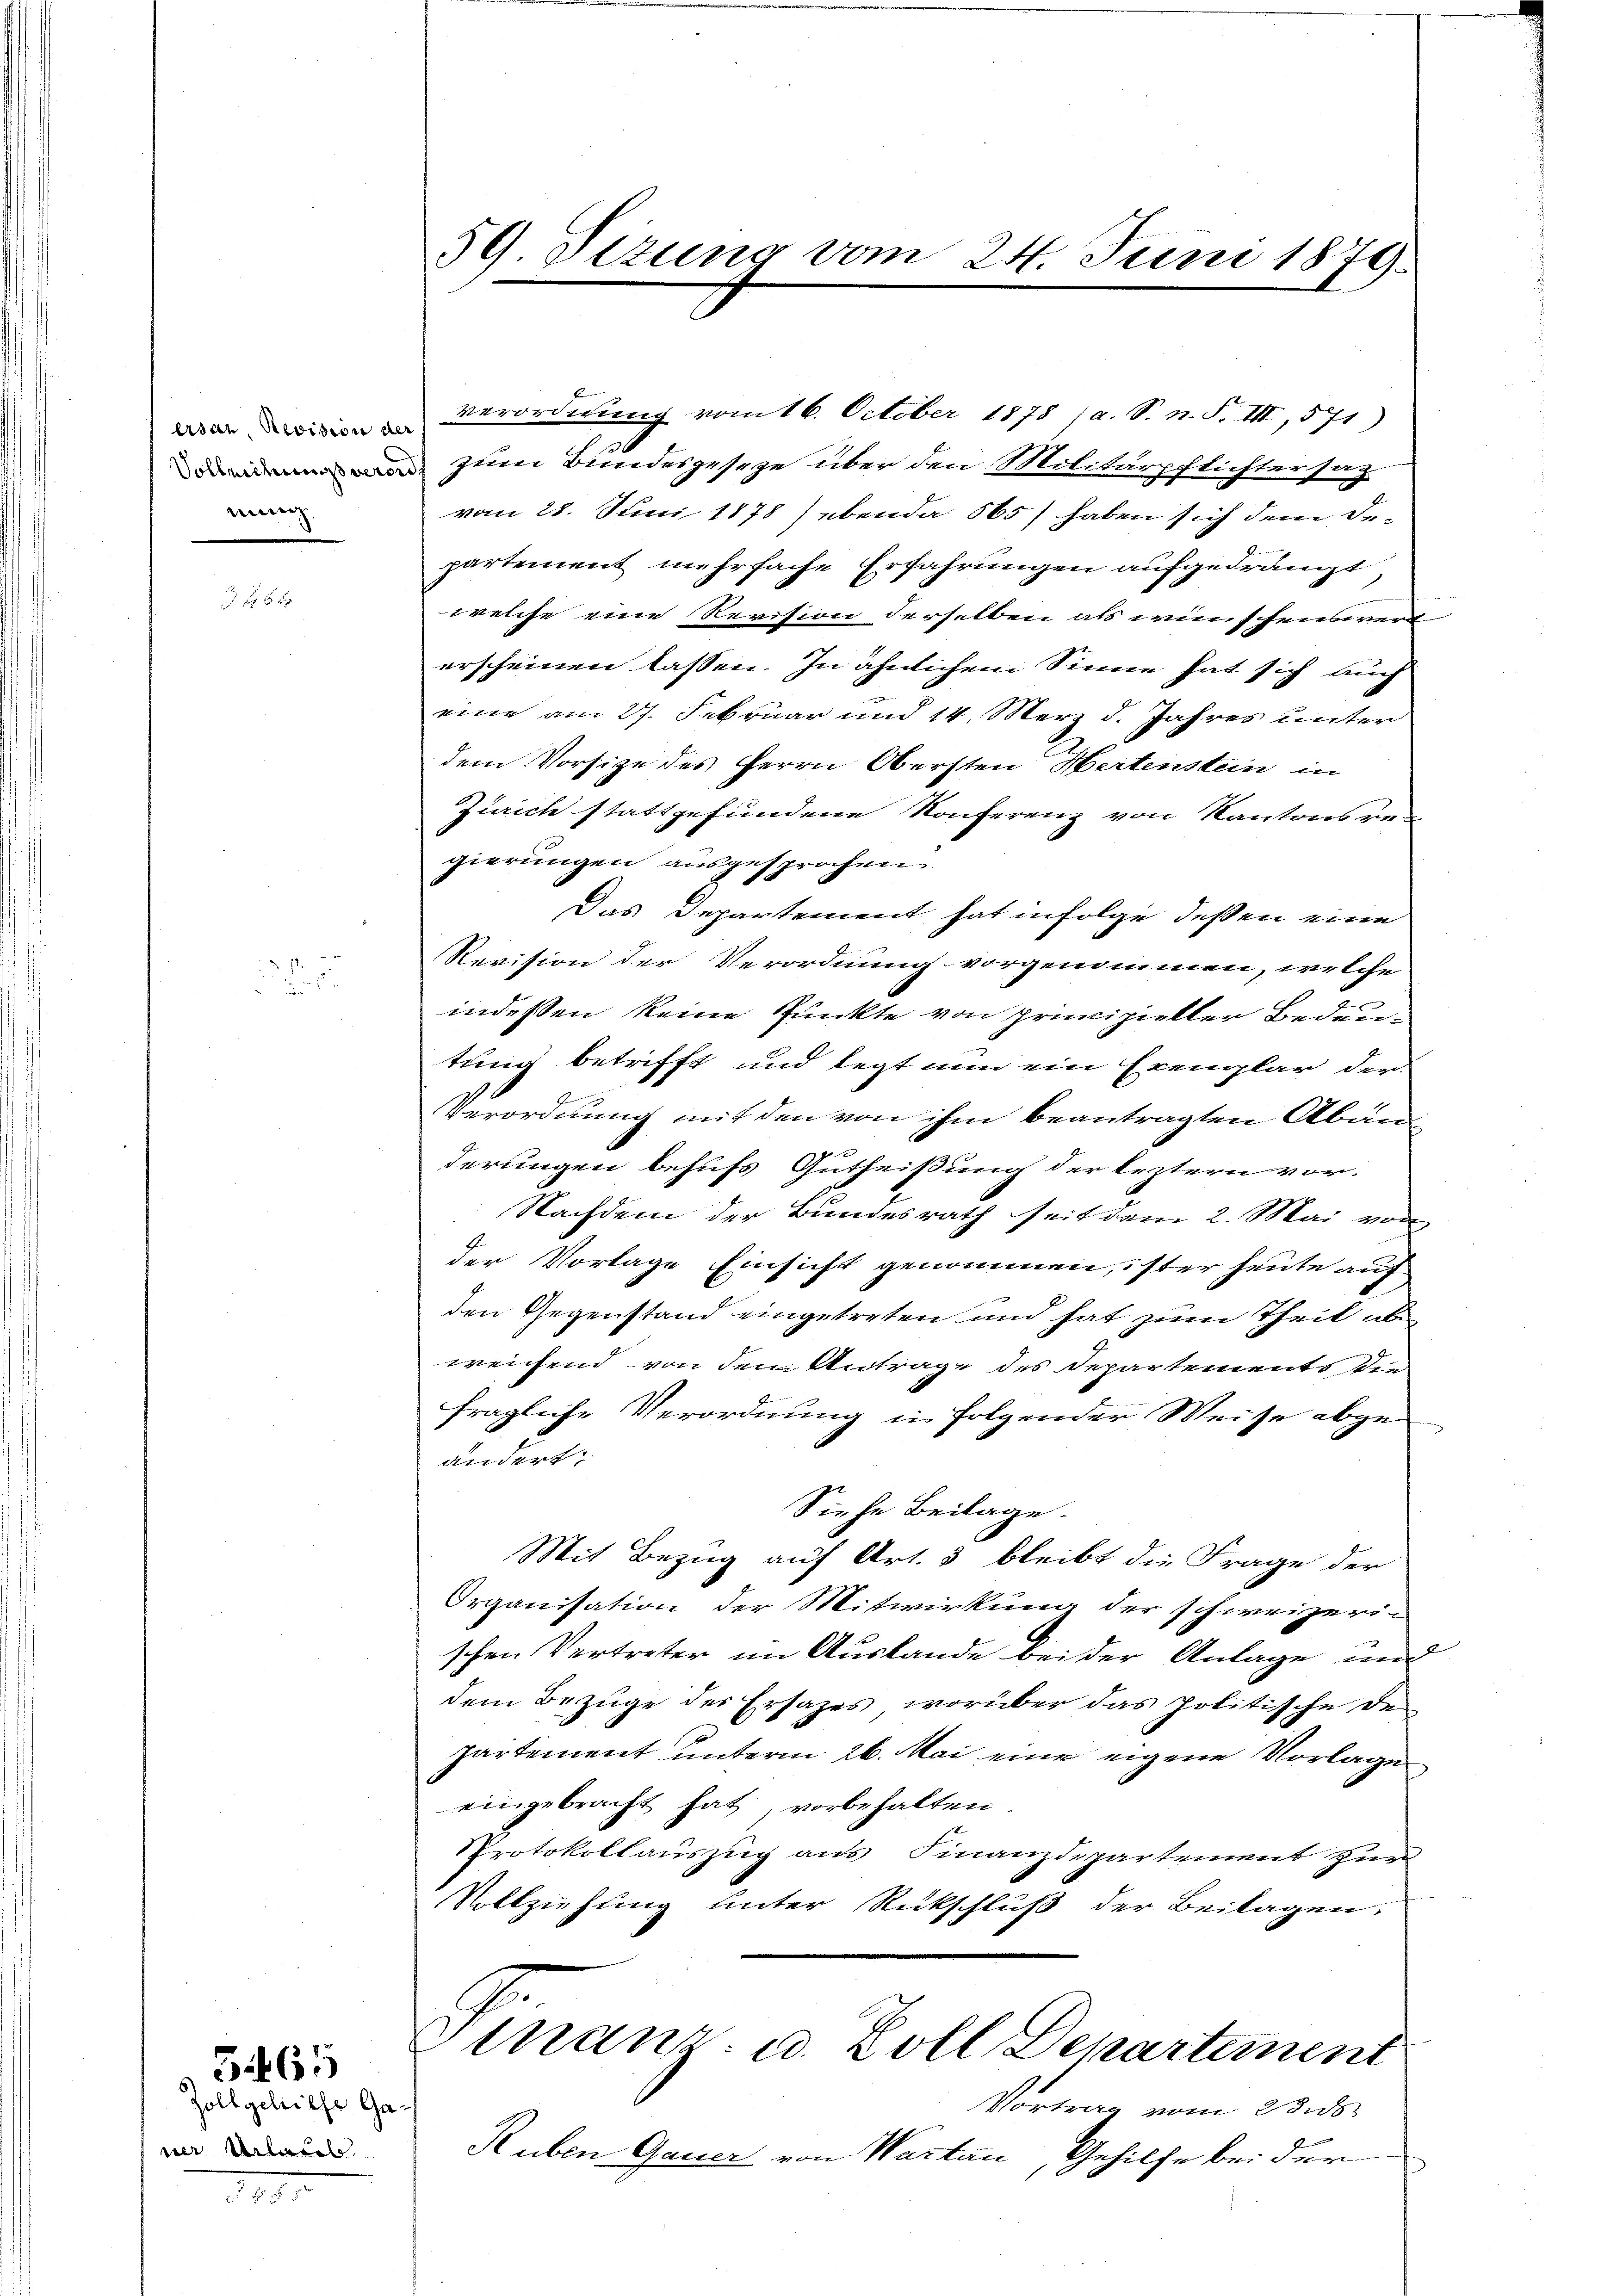
ersau, Revision der
nung.

f 8 x

5.465

Zoll geleiths Ganer Urlaub

59. Sizung vom 24. Juni 1879.

3
 zum Bundesgeseze über den Militärpflichter sag
vom 28. Juni 1878) ebenda 565) haben sich dem Departement mehrfache Erfahrungen aufgedrängt
welche eine Revision derselben als wünschensver
erscheinen lassen. In ähnlichem Sinne hat sich auch
eine am 27. Februar und 14. Merz d. Jahres unter
dem Vorsitze des Herrn Obersten Hertenstein in
Zürich stattgefundene Konferenz von Kantons regierungen ausgesprochen.
Das Departement hat infolge deßen eine
Revision der Verordnung vorgenommen, welche
indessen keine Punkte von principieller Bedeutung betrifft und legt nun ein Exemplar der
G
Verordnung mit den von ihm beantragten Abän
derungen behufs Gutheißung der leztern vor.
Nachdem der Bundesrath seit dem 2. Mai von
der Vorlage Einsicht genommen, ister heute auf
den Gegenstand eingetreten und hat zum Theil abe
weichend von dem Antrage des Departements die
fragliche Verordnung in folgender Weise abgeändert.
Siehe Beilage.
Mit Bezug auf Art. 5 bleibt die Frage der
Organisation der Mitwirkung der schweizeri-
schen Vertreter im Auslande bei der Anlage und
dem Bezüge des Ersatzes, worüber das politische de
partement unterm 26. Mai eine eigene Vorlage
eingebracht hat vorbehalten.
Protokollauszug aus Finanzdepartement zur
Vollziehung unter Rückschluß der Beilagen:

verordnung vom 16. October 1878 (a. S. n. F. III, 571)

Finanz- u. Zoll Departement
Vortrag vom 2 dies

Ruben Gauer von Wartau, Gehilfe bei der